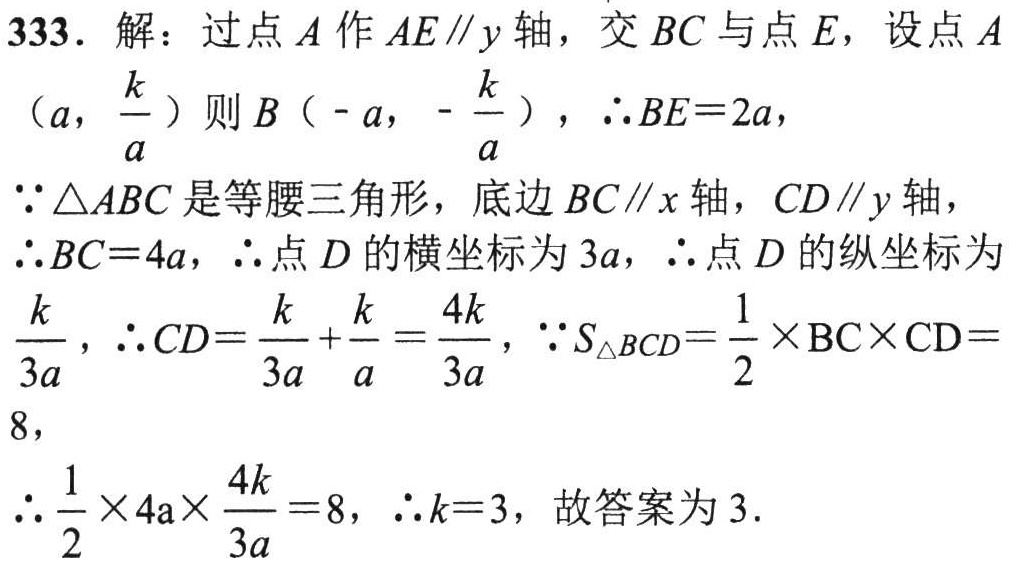
333. 解：过点\(A\)作\(AE\parallel y\)轴，交\(BC\)与点\(E\)，设点\(A\left(a,\frac{k}{a}\right)\)则\(B\left(-a,-\frac{k}{a}\right)\)，\(\therefore BE = 2a\)，
\(\because\triangle ABC\)是等腰三角形，底边\(BC\parallel x\)轴，\(CD\parallel y\)轴，
\(\therefore BC = 4a\)，\(\therefore\)点\(D\)的横坐标为\(3a\)，\(\therefore\)点\(D\)的纵坐标为\(\frac{k}{3a}\)，\(\therefore CD=\frac{k}{3a}+\frac{k}{a}=\frac{4k}{3a}\)，\(\because S_{\triangle BCD}=\frac{1}{2}\times BC\times CD = 8\)，
\(\therefore\frac{1}{2}\times4a\times\frac{4k}{3a}=8\)，\(\therefore k = 3\)，故答案为\(3\).